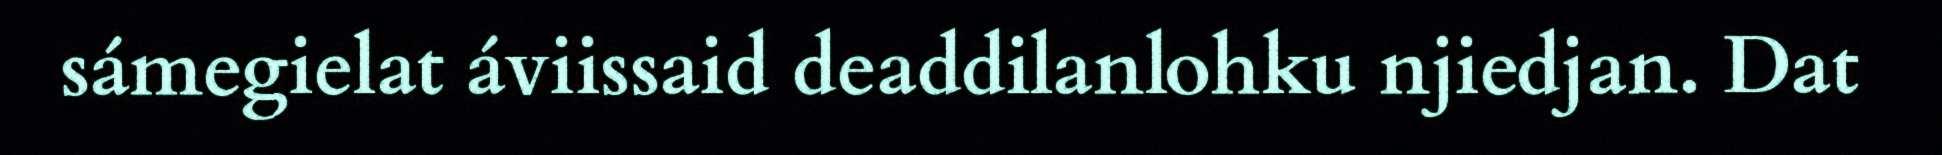
sámegielat áviissaid deaddilanlohku njiedjan. Dat